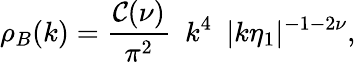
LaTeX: \rho_{B}(k)=\frac{{\cal C}(\nu)}{\pi^{2}}\, \, \, k^{4}\, \, \, |k\eta_{1}|^{-1-2\nu},